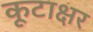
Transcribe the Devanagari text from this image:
कूटाक्षर